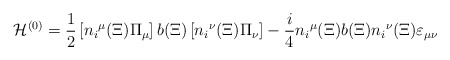
\begin{align*}{\cal H}^{(0)}={1\over2}\left[{n_i}^\mu(\Xi)\Pi_\mu\right] b(\Xi) \left[{n_i}^\nu(\Xi)\Pi_\nu\right]-{i\over4}{n_i}^\mu(\Xi) b(\Xi){n_i}^\nu(\Xi)\varepsilon_{\mu\nu}\end{align*}